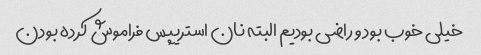
خیلی خوب بود و راضی بودیم البته نان استریپس فراموش کرده بودن